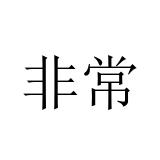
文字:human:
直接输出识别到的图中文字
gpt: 非常